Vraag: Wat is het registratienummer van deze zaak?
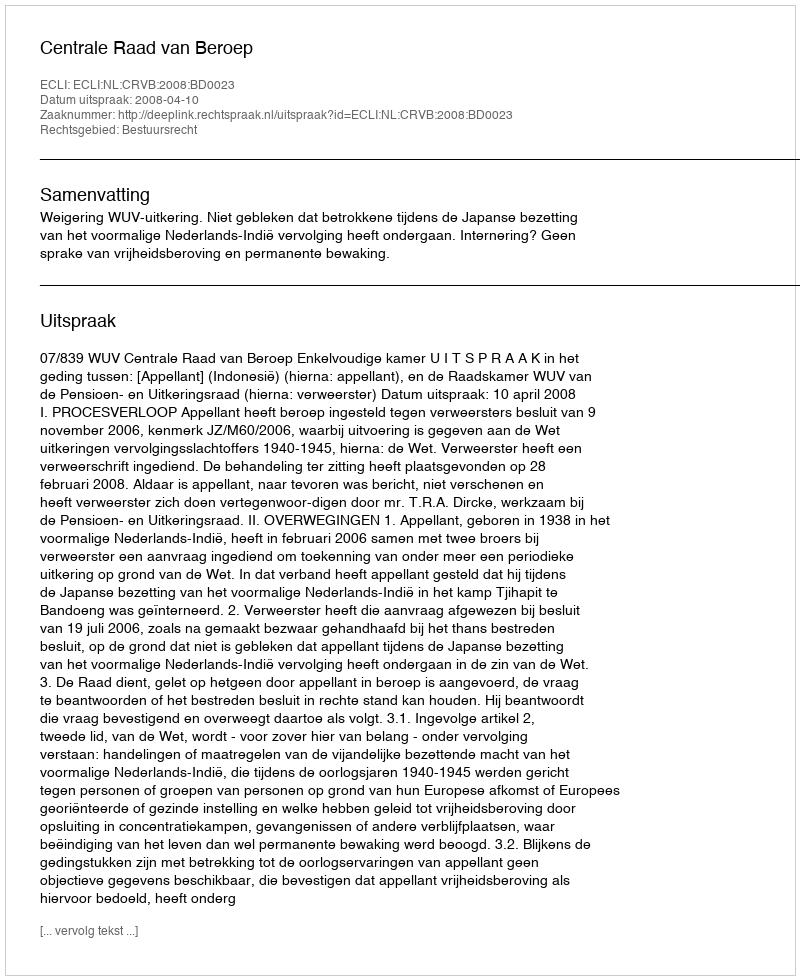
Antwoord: http://deeplink.rechtspraak.nl/uitspraak?id=ECLI:NL:CRVB:2008:BD0023